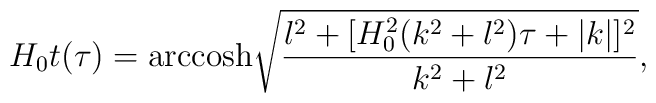
H_{0} t(\tau) = {\rm arccosh}\sqrt{\frac{l^2+[H^{2}_{0}(k^2 + l^2) \tau + |k|]^2}{k^2 + l^2}}   ,